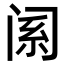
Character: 𬮩